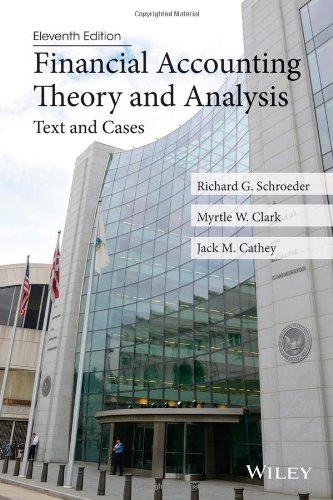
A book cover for Financial Accounting Theory and Analysis: Text and Cases; Richard G. Schroeder; Business & Money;